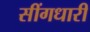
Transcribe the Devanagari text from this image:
सींगधारी